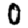
Digit: 0